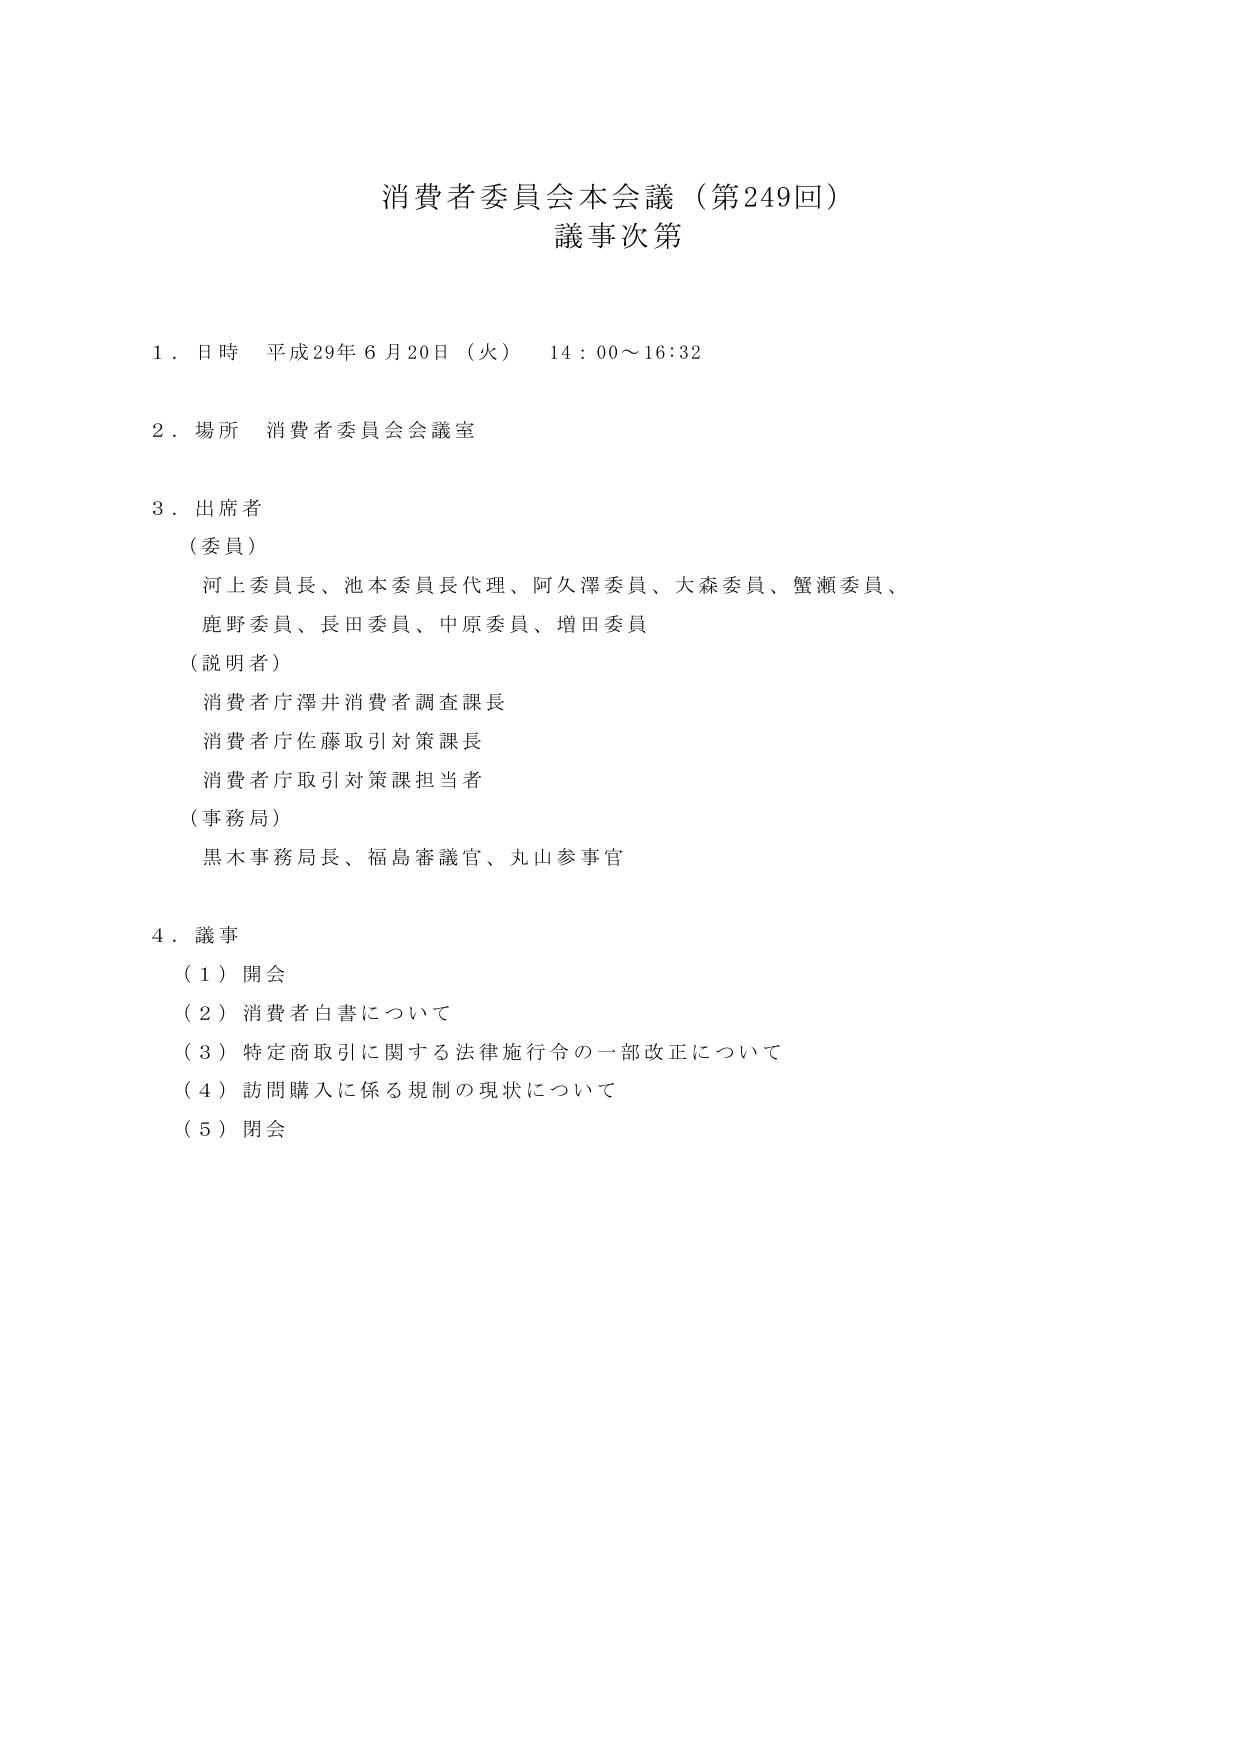
消費者委員会本会議（第249回）
議事次第

１．日時 平成29年６月20日（火） 14：00～16：32

２．場所 消費者委員会会議室

３．出席者
（委員）
河上委員長、池本委員長代理、阿久澤委員、大森委員、蟹瀬委員、
鹿野委員、長田委員、中原委員、増田委員
（説明者）
消費者庁澤井消費者調査課長
消費者庁佐藤取引対策課長
消費者庁取引対策課担当者
（事務局）
黒木事務局長、福島審議官、丸山参事官

４．議事
（１）開会
（２）消費者白書について
（３）特定商取引に関する法律施行令の一部改正について
（４）訪問購入に係る規制の現状について
（５）閉会